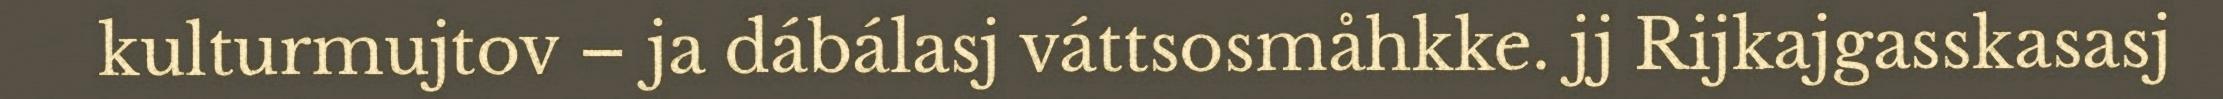
kulturmujtov – ja dábálasj váttsosmåhkke. jj Rijkajgasskasasj